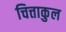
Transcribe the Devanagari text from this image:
चित्ताकुल